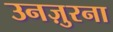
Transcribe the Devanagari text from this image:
उनज़ुरना